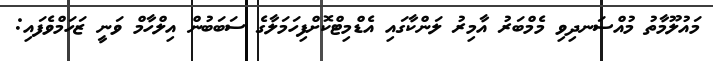
މައުލޫމާތު މުއްސަނދިވި މެމްބަރު އާމިރު ލަންކާގައި އެޑްމިޓްކޮށްފިހަމަލާގެ ސަބަބުން އިލްހާމް ވަނީ ޒަހަމްވެފައި: